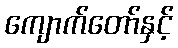
ကျောက်တော်နှင့်